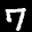
Label: 7